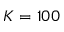
K = 1 0 0